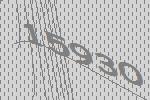
15930